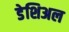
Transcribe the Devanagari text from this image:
डेशिअल